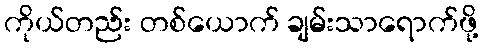
ကိုယ်တည်း တစ်ယောက် ချမ်းသာရောက်ဖို့